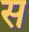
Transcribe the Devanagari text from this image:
स